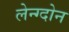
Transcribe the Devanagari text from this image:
लेन्ग्दोन